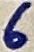
Text: 6